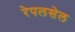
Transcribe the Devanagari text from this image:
रेपलसेल